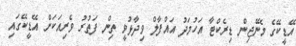
އޭޑީކޭގެ މެނޭޖިން ޑިރެކްޓާ އަހުމަދު އައްފާލް ވިދާޅުވީ ތިން ފަތުރު ވެރިއަކަށް އޭޑީކޭގައި